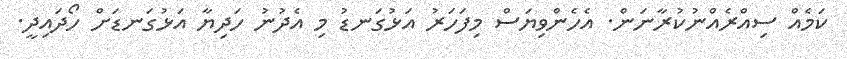
ކަމެއް ސިއްރެއްނުކުރާނަން. އެހެންވިޔަސް މިފަހަރު އަޅުގަނޑު މި އެދުނު ހަދިޔާ އަޅުގަނޑަށް ހޯދައިދީ.